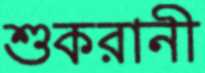
শুকরানী